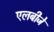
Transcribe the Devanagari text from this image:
एलबीजे